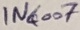
Text: IN6007